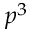
p ^ { 3 }